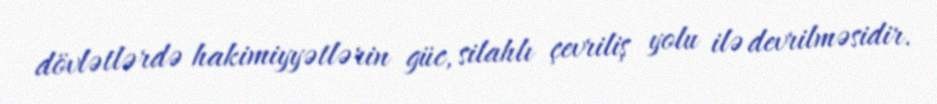
dövlətlərdə hakimiyyətlərin güc, silahlı çevriliş yolu ilə devrilməsidir.